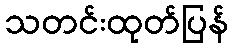
သတင်းထုတ်ပြန်